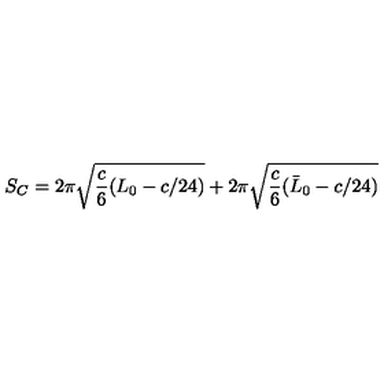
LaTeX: S _ { C } = 2 \pi \sqrt { { \frac { c } { 6 } } ( L _ { 0 } - c / 2 4 ) } + 2 \pi \sqrt { { \frac { c } { 6 } } ( \bar { L } _ { 0 } - c / 2 4 ) }